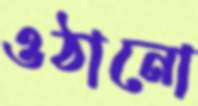
ওঠানো